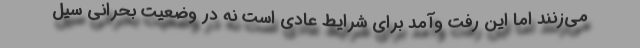
می‌زنند اما این رفت وآمد برای شرایط عادی است نه در وضعیت بحرانی سیل